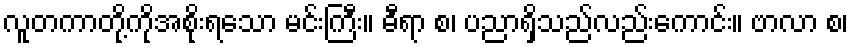
လူတကာတို့ကိုအစိုးရသော မင်းကြီး။ ဓီရာ စ၊ ပညာရှိသည်လည်းကောင်း။ ဗာလာ စ၊